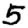
Digit: 5